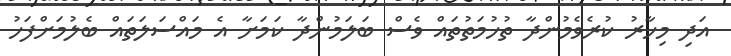
އަދި މިހާރު ކުރެވެމުންދާ ތުހުމަތުތައް ވެސް ބަލަމުންދާ ކަމަށާ އެ މައްސަލަތައް ބެލުމަށްފަހު